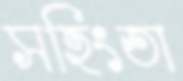
সহিংতা